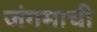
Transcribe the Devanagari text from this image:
जंगमाची